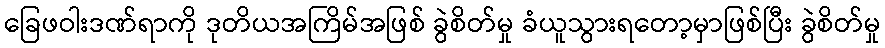
ခြေဖဝါးဒဏ်ရာကို ဒုတိယအကြိမ်အဖြစ် ခွဲစိတ်မှု ခံယူသွားရတော့မှာဖြစ်ပြီး ခွဲစိတ်မှု